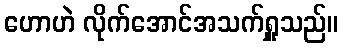
ဟောဟဲ လိုက်အောင်အသက်ရှူသည်။